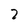
Character: 2